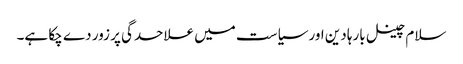
سلام چینل بارہا دین اور سیاست میں علاحدگی پر زور دے چکا ہے۔